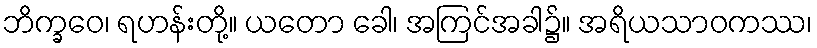
ဘိက္ခဝေ၊ ရဟန်းတို့။ ယတော ခေါ၊ အကြင်အခါ၌။ အရိယသာဝကဿ၊